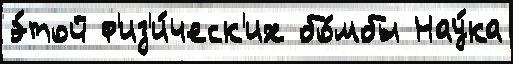
э́той ф'из'и́ческ'их бо́мбы Нау́ка